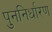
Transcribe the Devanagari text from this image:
पुननिर्धारण